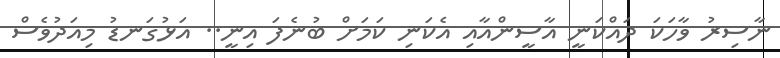
ނާސިރު ވާހަކަ ދައްކަނީ އާސީންއާއި އެކަނި ކަމަށް ބުނެފަ އިނީ.. އަޅުގަނޑު މިއަދުވެސް